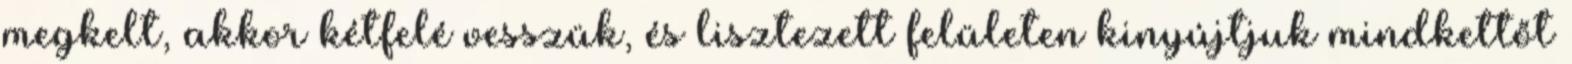
megkelt, akkor kétfelé vesszük, és lisztezett felületen kinyújtjuk mindkettőt